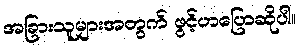
အခြားသူများအတွက် ဖွင့်ဟပြောဆိုပါ။